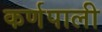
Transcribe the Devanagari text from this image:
कर्णपाली